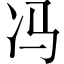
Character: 冯